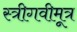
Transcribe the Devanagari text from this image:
स्त्रीगवीमूत्र